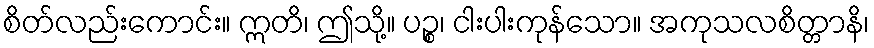
စိတ်လည်းကောင်း။ ဣတိ၊ ဤသို့။ ပဉ္စ၊ ငါးပါးကုန်သော။ အကုသလစိတ္တာနိ၊